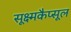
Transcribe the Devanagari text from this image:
सूक्ष्मकैप्सूल